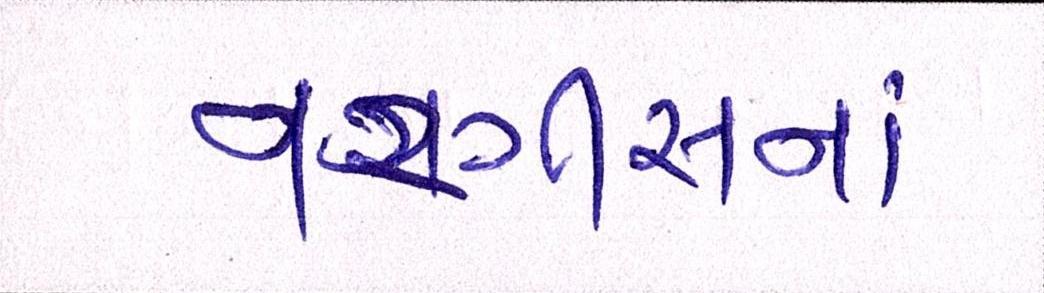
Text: નરગીસનાં